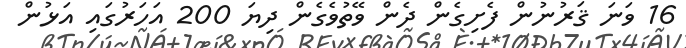
16 ވަނަ ޤަރުނުން ފެށިގެން ދެން ވޭތުވެގެން ދިޔަ 200 އަހަރުގައި އަޅުން